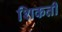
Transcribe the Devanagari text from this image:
शिकती